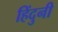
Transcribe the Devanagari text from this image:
हिंदुनी